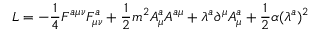
{ \cal L } = - \frac 1 4 F ^ { a \mu \nu } F _ { \mu \nu } ^ { a } + \frac 1 2 m ^ { 2 } A _ { \mu } ^ { a } A ^ { a \mu } + \lambda ^ { a } \partial ^ { \mu } A _ { \mu } ^ { a } + \frac 1 2 \alpha ( \lambda ^ { a } ) ^ { 2 }